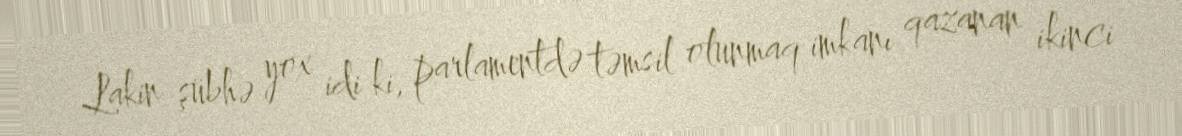
Lakin şübhə yox idi ki, parlamentdə təmsil olunmaq imkanı qazanan ikinci